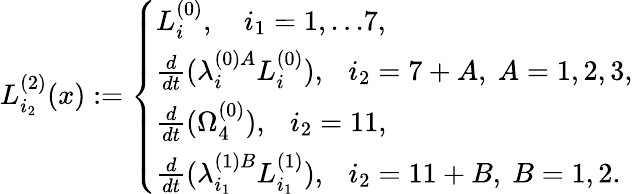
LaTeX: L_{i_{2}}^{(2)}(x):=\left\{ \begin{array}{llll}{{L_{i}^{(0)},~~~\ i_{1}=1,...7,}}\\ {{\frac{d}{dt}(\lambda_{i}^{(0)A}L_{i}^{(0)}),~~~i_{2}=7+A,~A=1,2,3,}}\\ {{\frac{d}{dt}(\Omega_{4}^{(0)}),~~~i_{2}=11,}}\\ {{\frac{d}{dt}(\lambda_{i_{1}}^{(1)B}L_{i_{1}}^{(1)}),~~~i_{2}=11+B,~B=1,2.}}\end{array}\right.